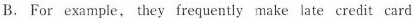
B.For example, they frequently make late credit card